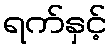
ရက်နှင့်